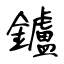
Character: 鑪